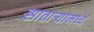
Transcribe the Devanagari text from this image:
सातार्‍यामध्ये